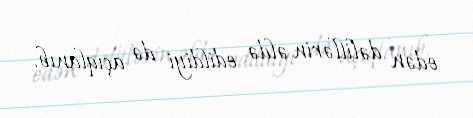
edən dəlillərin əldə edildiyi də açıqlanıb.